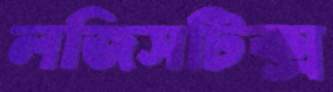
লজিসটিক্স